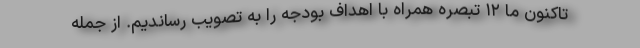
تاکنون ما ۱۲ تبصره همراه با اهداف بودجه را به تصویب رساندیم. از جمله